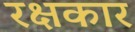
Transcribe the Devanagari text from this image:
रक्षकार